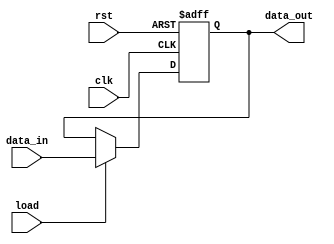
module Instruction_Register (data_out, data_in, load, clk, rst);
  parameter word_size = 8;
  output [word_size-1: 0] 	data_out		;
  input 	[word_size-1: 0] 	data_in		;
  input 							load			;
  input 							clk, rst		;
  reg 	[word_size-1: 0]	data_out		;
  
  always @ (posedge clk or negedge rst)
   if (rst == 0) 
		data_out <= 0			; 
	else if (load) 
		data_out <= data_in	; 
	 
endmodule